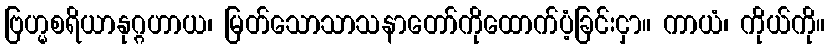
ဗြဟ္မစရိယာနုဂ္ဂဟာယ၊ မြတ်သောသာသနာတော်ကိုထောက်ပံ့ခြင်းငှာ။ ကာယံ၊ ကိုယ်ကို။